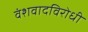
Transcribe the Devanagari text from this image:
वंशवादविरोधी